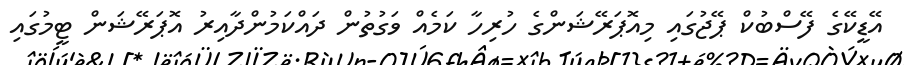
އޭޑީކޭގެ ފޭސްބުކް ޕޭޖުގައި މިއޮޕަރޭޝަންގެ ހުރިހާ ކަމެއް ވަގުތުން ދައްކަމުންދާއިރު އޮޕަރޭޝަން ޓީމުގައި